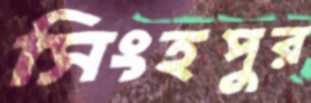
সিংহপুর